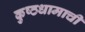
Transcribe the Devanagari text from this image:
कुष्ठधामाची